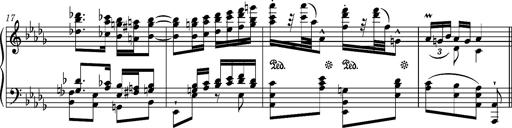
Title: Ungarische Nationalmelodien, S.243
Composer: Franz Liszt